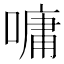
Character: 嘃